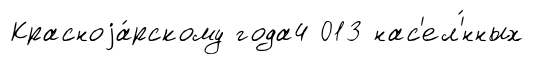
Красноjа́рскому года4 013 нас'ел'́нных